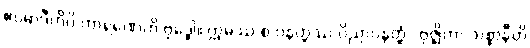
ဧဝမာဒီဟိပိ ကာရဏေဟိ ဗုဒ္ဓေါ။ ဣမဿ စ ပနတ္ထဿ ဝိညာပနတ္ထံ “ဗုဇ္ဈိတာ သစ္စာနီတိ